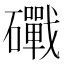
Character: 𥗜